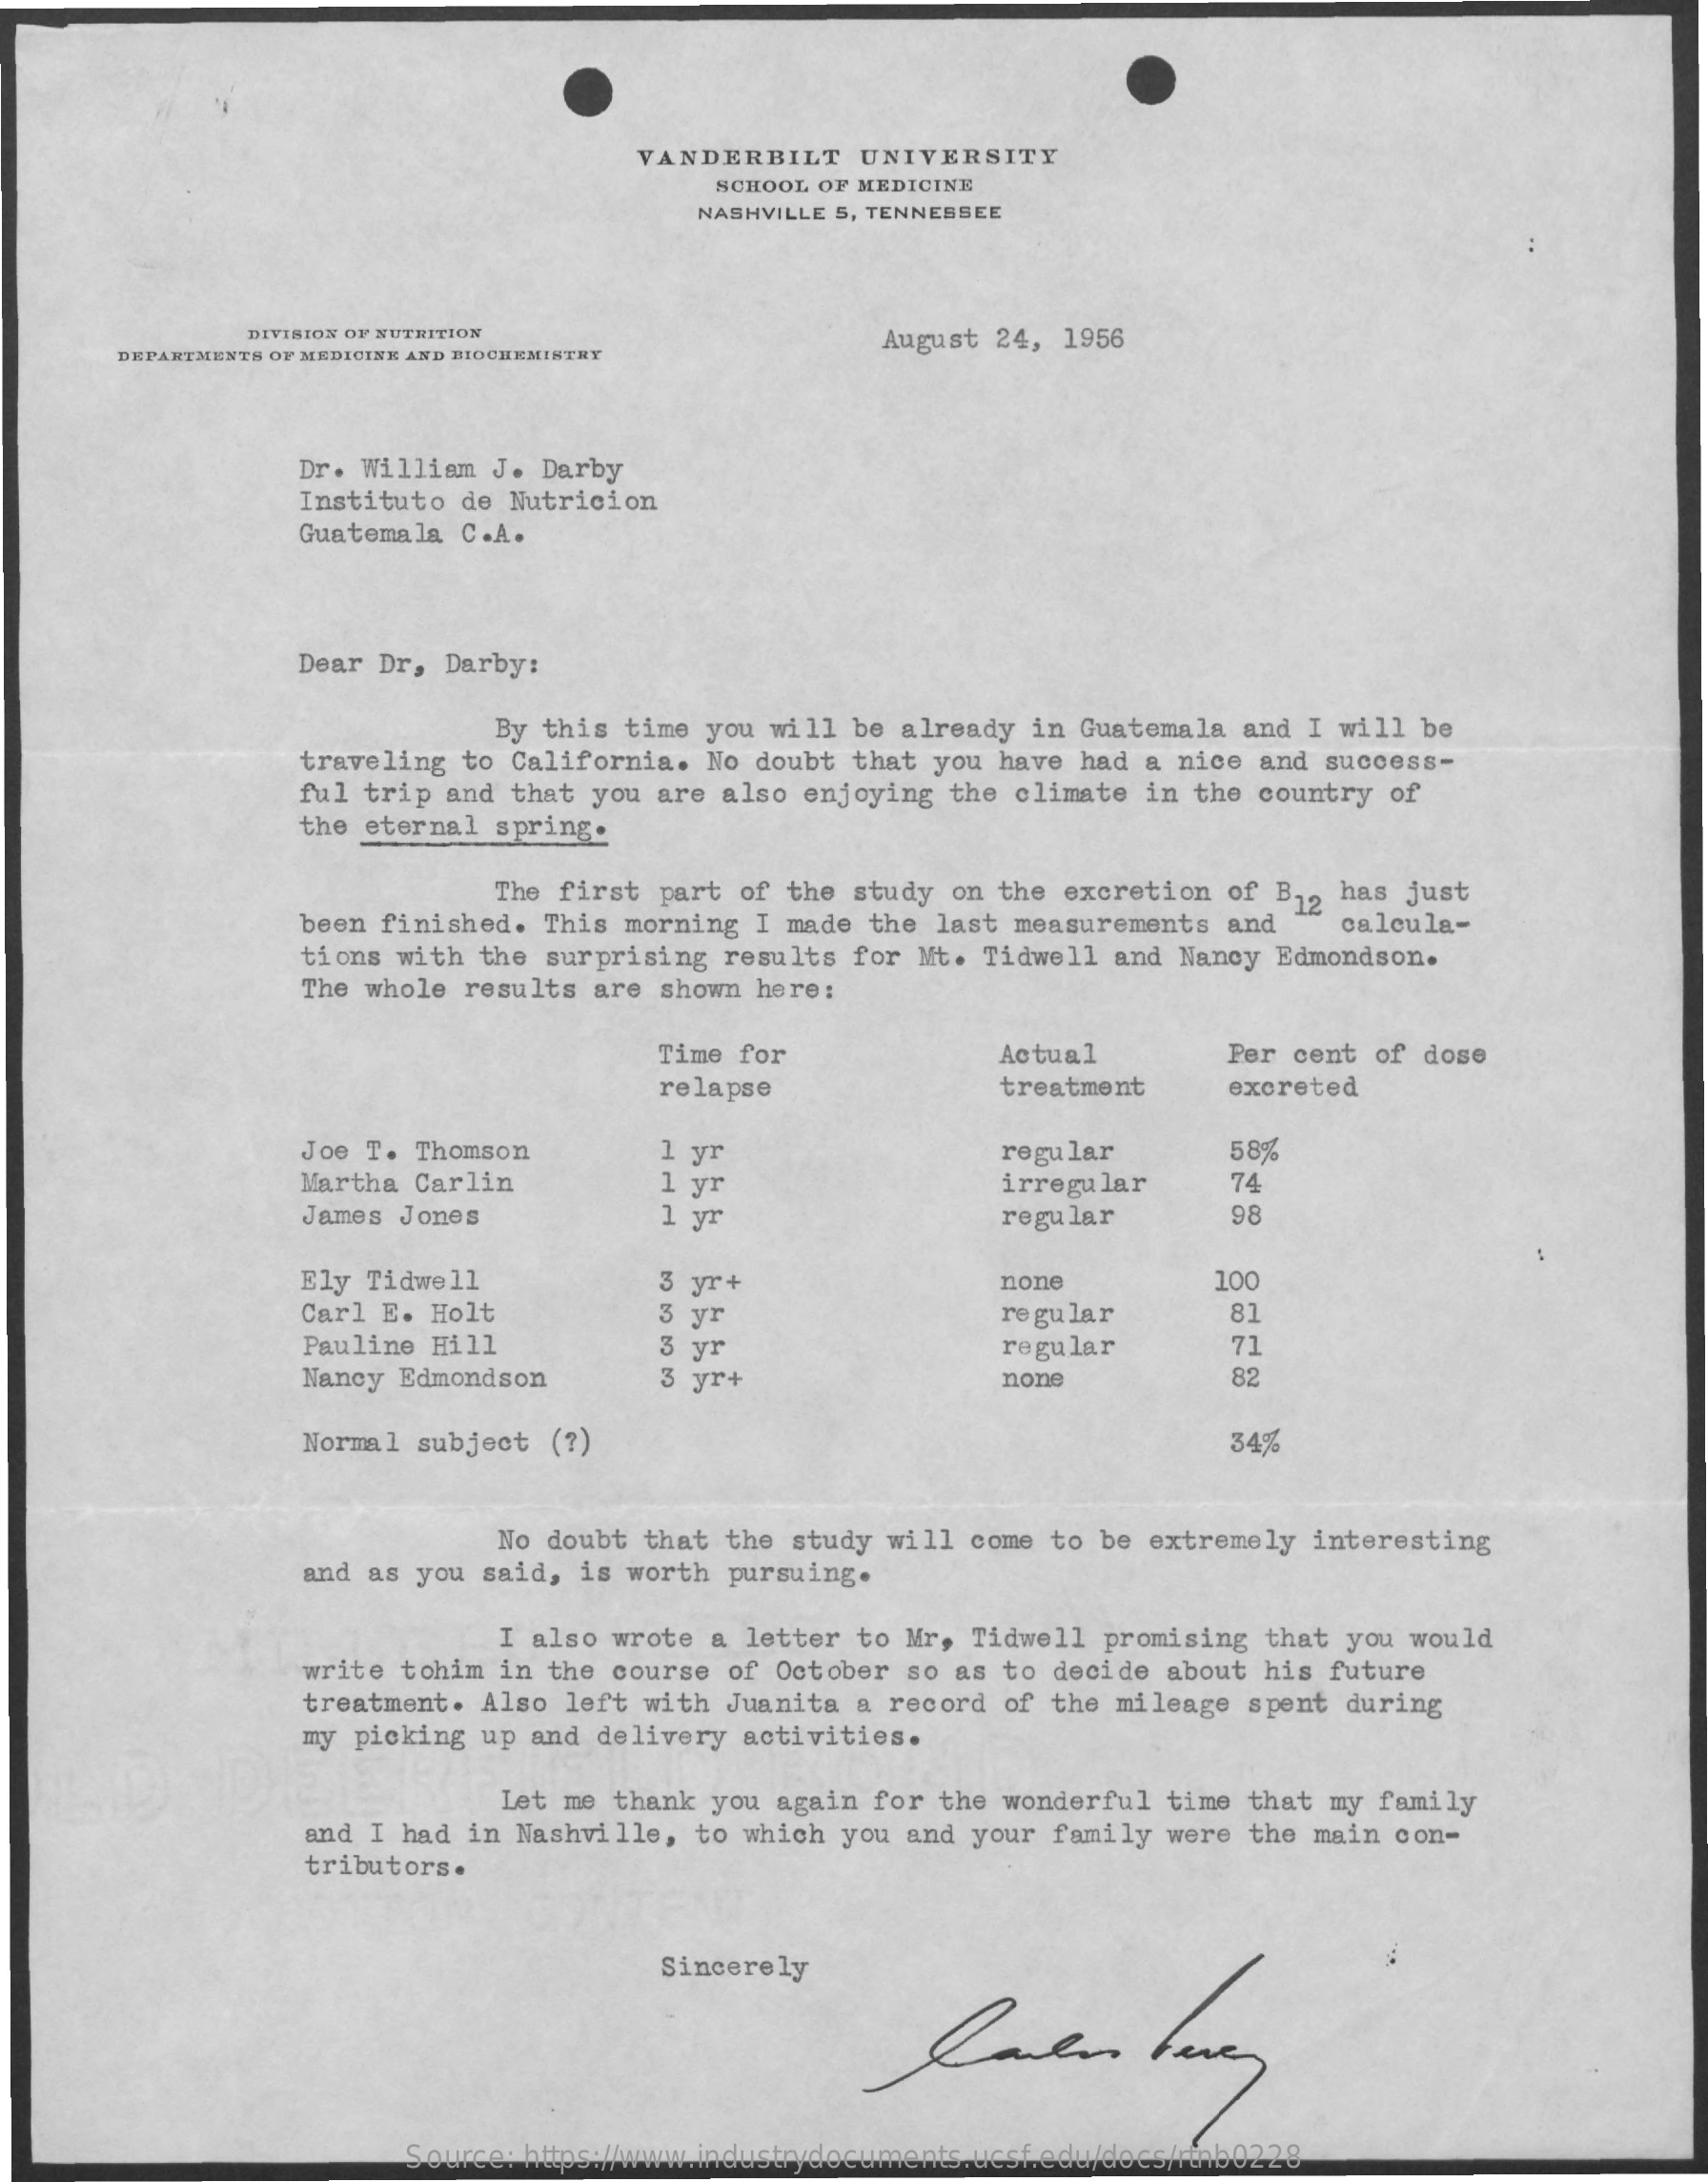
VANDERBILT UNIVERSITY
     SCHOOL OF MEDICINE
     NASHVILLE 5, TENNESSEE
     DIVISION OF NUTRITION
     DEPARTMENTS OF MEDICINE AND BIOCHEMISTRY
     August 24, 1956
     Dr. William J. Darby
     Instituto de Nutricion
     Guatemala C.A.
     Dear Dr, Darby:
     By this time you will be already in Guatemala and I will be
     traveling to California. No doubt that you have had a nice and success-
     ful trip and that you are also enjoying the climate in the country of
     the eternal spring.
     The first part of the study on the excretion of B12 has just
     been finished. This morning I made the last measurements and calcula-
     tions with the surprising results for Mt. Tidwell and Nancy Edmondson.
     The whole results are shown here:
     Time for    Actual    Per cent of dose
     relapse    treatment   excreted
     Joe T. Thomson    1 yr
     1 yr
     regular    58%
     Martha Carlin    irregular   74
     James Jones    1 yr    regular    98
     Ely Tidwell    none    100
     Carl E. Holt
     3 yr+
     3 yr    regular    81
     Pauline Hill    3 yr
     Nancy Edmondson    3 yr+
     regular    71
     none
     82
     Normal subject (?)    34%
     No doubt that the study will come to be extremely interesting
     and as you said, is worth pursuing.
     I also wrote a letter to Mr, Tidwell promising that you would
     write tohim in the course of October so as to decide about his future
     treatment. Also left with Juanita a record of the mileage spent during
     my picking up and delivery activities.
     Let me thank you again for the wonderful time that my family
     and I had in Nashville, to which you and your family were the main con-
     tributors.
     Sincerely
     Source: https://www.industrydocuments.ucsf.edu/docs/rtnb0228